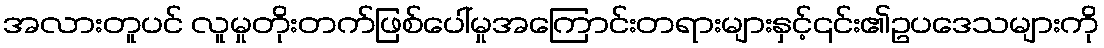
အလားတူပင် လူမှုတိုးတက်ဖြစ်ပေါ်မှုအကြောင်းတရားများနှင့်၎င်း၏ဥပဒေသများကို